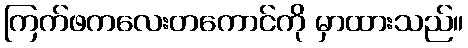
ကြက်ဖကလေးတကောင်ကို မှာထားသည်။